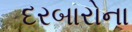
દરબારોના